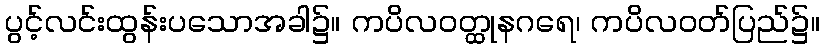
ပွင့်လင်းထွန်းပသောအခါ၌။ ကပိလဝတ္ထုနဂရေ၊ ကပိလဝတ်ပြည်၌။